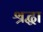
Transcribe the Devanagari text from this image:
श्रद्घा